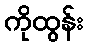
ကိုထွန်း